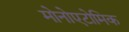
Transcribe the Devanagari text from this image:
मोनोएटोमिक